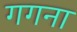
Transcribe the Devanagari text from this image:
गगना